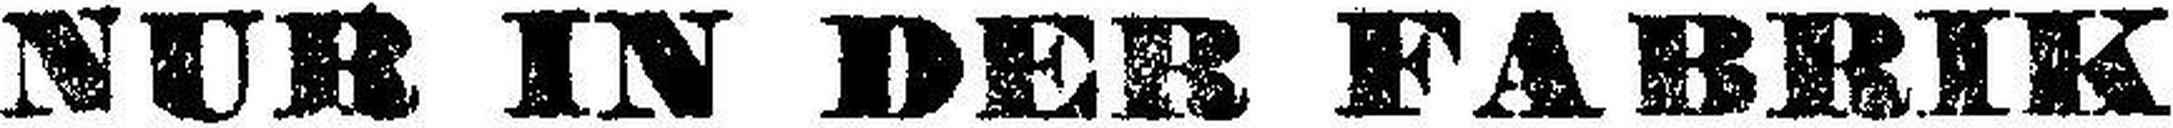
NUR IN DER FABRIK